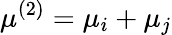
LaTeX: \mu^{(2)}=\mu_{i}+\mu_{j}